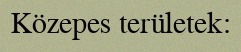
Közepes területek: